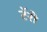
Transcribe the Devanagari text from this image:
टॅरो